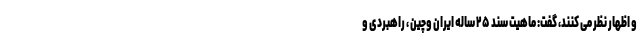
و اظهار نظر می کنند، گفت: ماهیت سند ۲۵ ساله ایران وچین ، راهبردی و